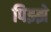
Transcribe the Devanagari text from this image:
पिझ्झे